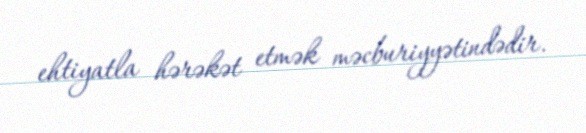
ehtiyatla hərəkət etmək məcburiyyətindədir.